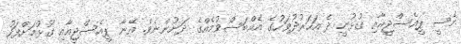
މެސީ ޕީއެސްޖީއާއި ގުޅުނީ ދެ އަހަރުދުވަހުގެ އެއްބަސްވުމެއްގެ ދަށުންނެވެ. އޭނާ ޕީއެސްޖީއާއި ގުޅުމަށްފަހު